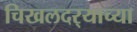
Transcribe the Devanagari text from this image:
चिखलदर्‍याच्या